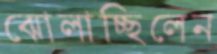
ঝোলাচ্ছিলেন